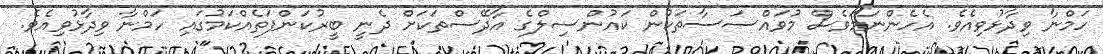
ހަމްނާ ވިދާޅުވިއެވެ. އެހެންނަމަވެސް މުވައްސަސާތަކުން ކައުންސިލްގެ އާދޭސްތަކަށް ދެނީ ބީރުކަންފަތެއްކަމުގައި ހަމްނާ ވިދާޅުވިއެވެ.